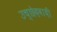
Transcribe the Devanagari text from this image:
उच्छेदवादी